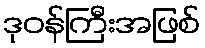
ဒုဝန်ကြီးအဖြစ်